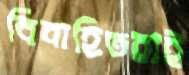
বিবাহিতরাই